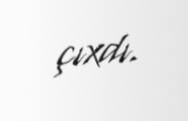
çıxdı.